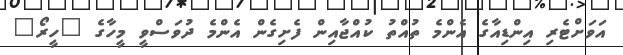
އަވަށްޓެރި އިންޑިއާގެ އެންމެ ތުއްތު ކުއްޖާއިން ފެށިގެން އެންމެ ދުވަސްވީ މީހާގެ "ހީރޯ"